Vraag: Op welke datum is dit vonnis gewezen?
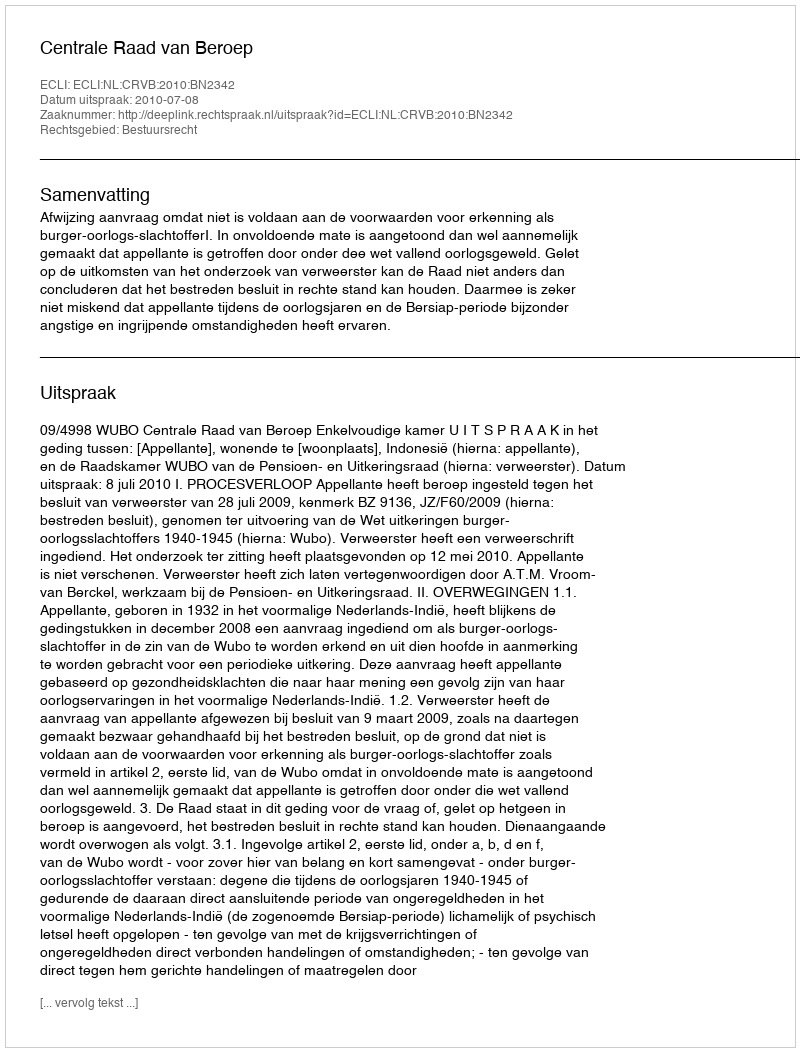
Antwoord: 2010-07-08